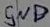
Text: GND